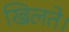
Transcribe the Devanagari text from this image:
खिलते।